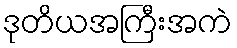
ဒုတိယအကြီးအကဲ